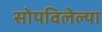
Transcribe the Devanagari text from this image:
सोपविलेल्या